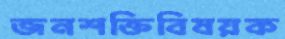
জনশক্তিবিষয়ক